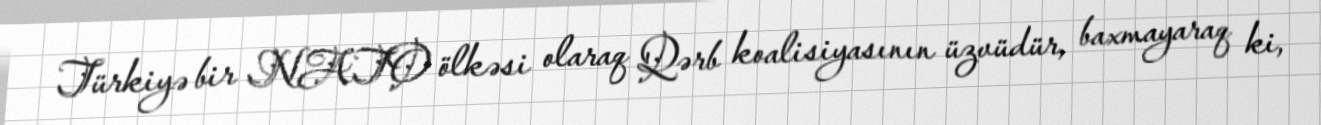
Türkiyə bir NATO ölkəsi olaraq Qərb koalisiyasının üzvüdür, baxmayaraq ki,